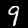
Label: 9